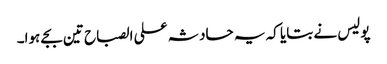
پولیس نے بتایا کہ یہ حادثہ علی الصباح تین بجے ہوا۔